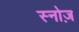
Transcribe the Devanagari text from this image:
स्नोज़